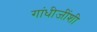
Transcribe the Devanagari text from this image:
गांधीजींशी